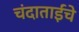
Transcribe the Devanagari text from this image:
चंदाताईंचे